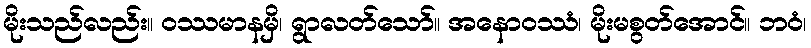
မိုးသည်လည်း။ ဝဿမာနမှိ၊ ရွာလတ်သော်။ အနောဝဿံ၊ မိုးမစွတ်အောင်။ ဘဝံ၊